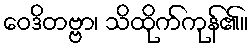
ဝေဒိတဗ္ဗာ၊ သိထိုက်ကုန်၏။